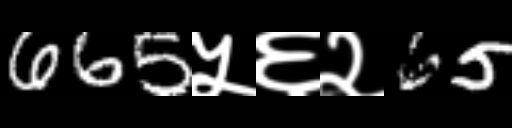
Text: 665५६२65